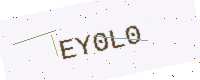
Text: EY0L0